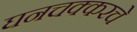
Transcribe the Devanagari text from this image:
घनचक्करचे